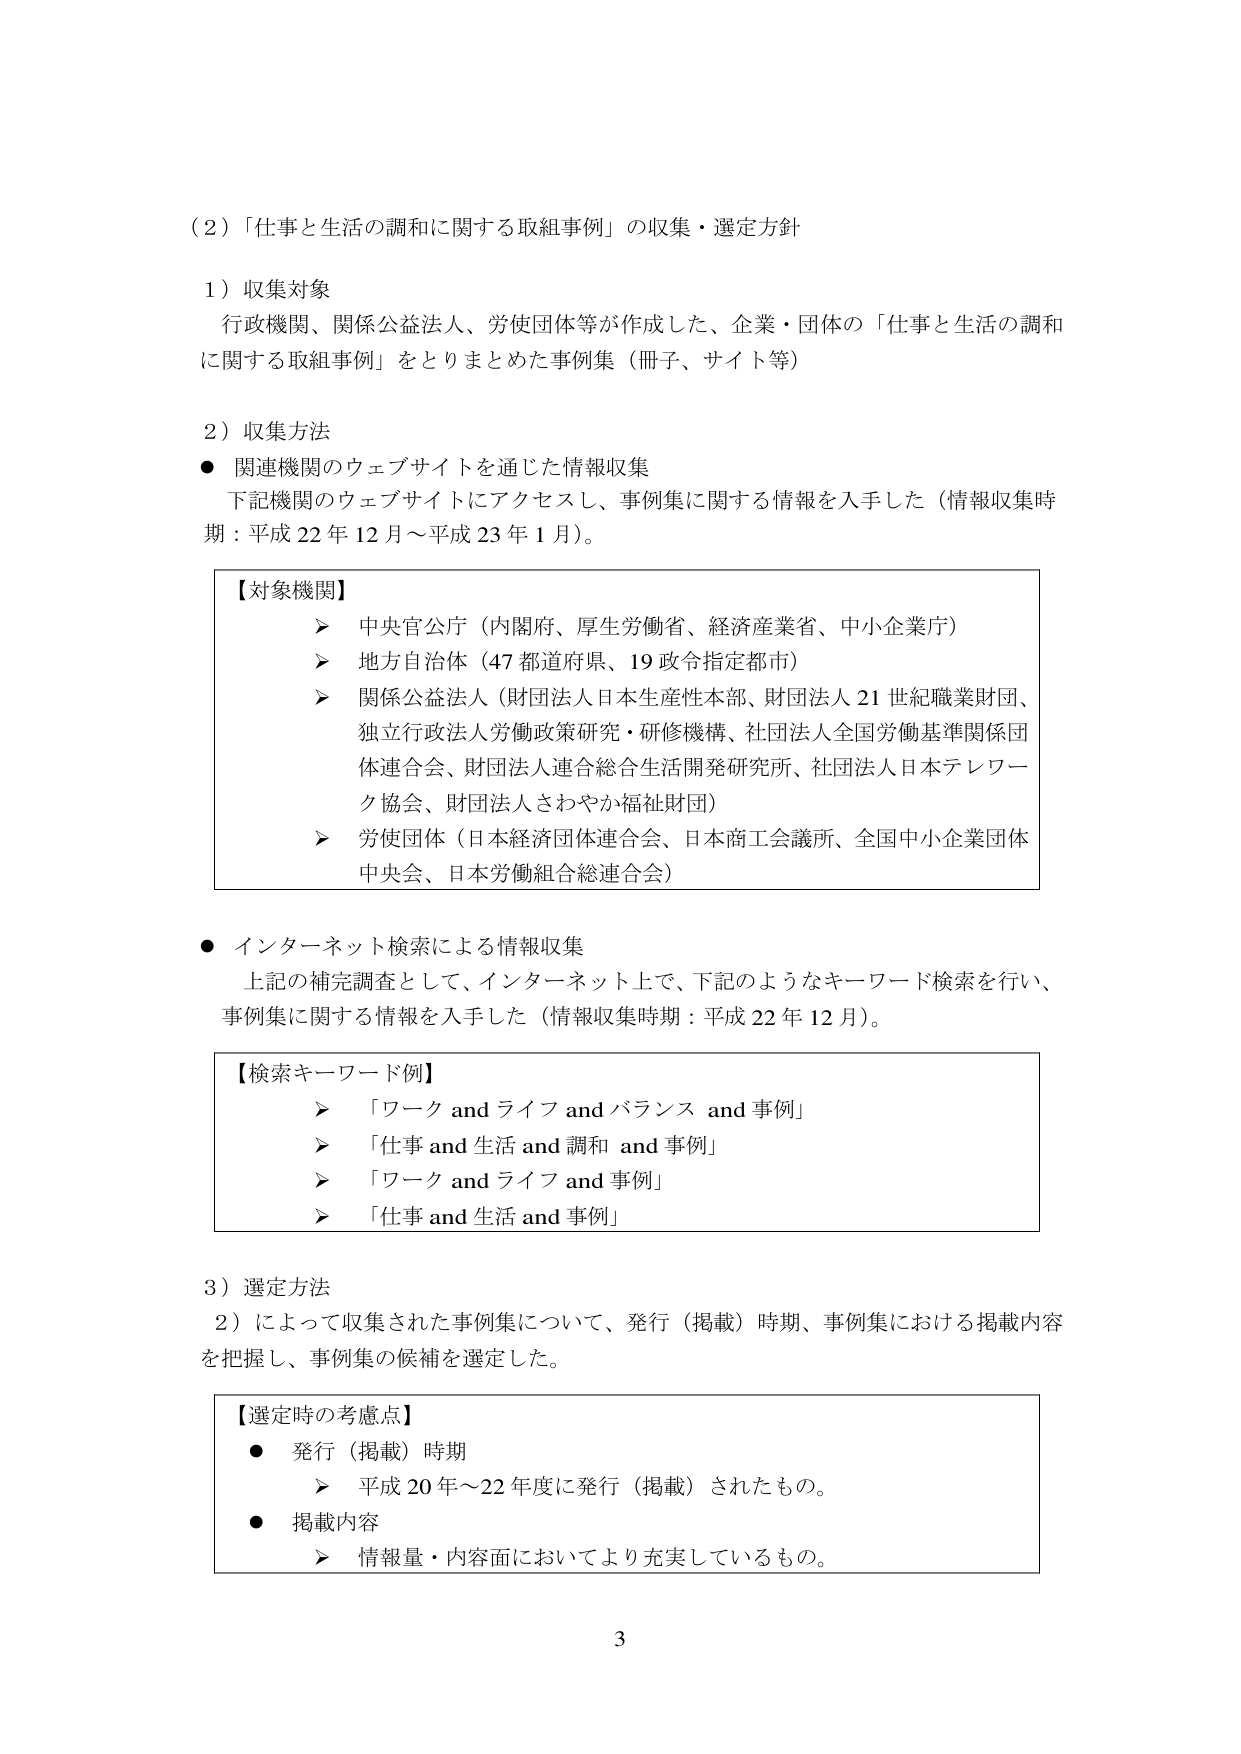
（2）「仕事と生活の調和に関する取組事例」の収集・選定方針

1）収集対象
行政機関、関係公益法人、労使団体等が作成した、企業・団体の「仕事と生活の調和に関する取組事例」をとりまとめた事例集（冊子、サイト等）

2）収集方法
● 関連機関のウェブサイトを通じた情報収集
　下記機関のウェブサイトにアクセスし、事例集に関する情報を入手した（情報収集時期：平成22年12月～平成23年1月）。

【対象機関】
　➤ 中央官公庁（内閣府、厚生労働省、経済産業省、中小企業庁）
　➤ 地方自治体（47都道府県、19政令指定都市）
　➤ 関係公益法人（財団法人日本生産性本部、財団法人21世紀職業財団、独立行政法人労働政策研究・研修機構、社団法人全国労働基準関係団体連合会、財団法人連合総合生活開発研究所、社団法人日本テレワーク協会、財団法人さわやか福祉財団）
　➤ 労使団体（日本経済団体連合会、日本商工会議所、全国中小企業団体中央会、日本労働組合総連合会）

● インターネット検索による情報収集
　上記の補完調査として、インターネット上で、下記のようなキーワード検索を行い、事例集に関する情報を入手した（情報収集時期：平成22年12月）。

【検索キーワード例】
　➤ 「ワーク and ライフ and バランス and 事例」
　➤ 「仕事 and 生活 and 調和 and 事例」
　➤ 「ワーク and ライフ and 事例」
　➤ 「仕事 and 生活 and 事例」

3）選定方法
　2）によって収集された事例集について、発行（掲載）時期、事例集における掲載内容を把握し、事例集の候補を選定した。

【選定時の考慮点】
　● 発行（掲載）時期
　　➤ 平成20年～22年度に発行（掲載）されたもの。
　● 掲載内容
　　➤ 情報量・内容面においてより充実しているもの。

3